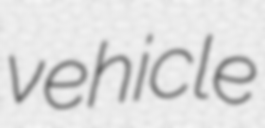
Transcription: vehicle